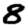
Digit: 8